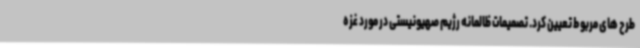
طرح های مربوط تعیین کرد. تصمیمات ظالمانه رژیم صهیونیستی در مورد غزه